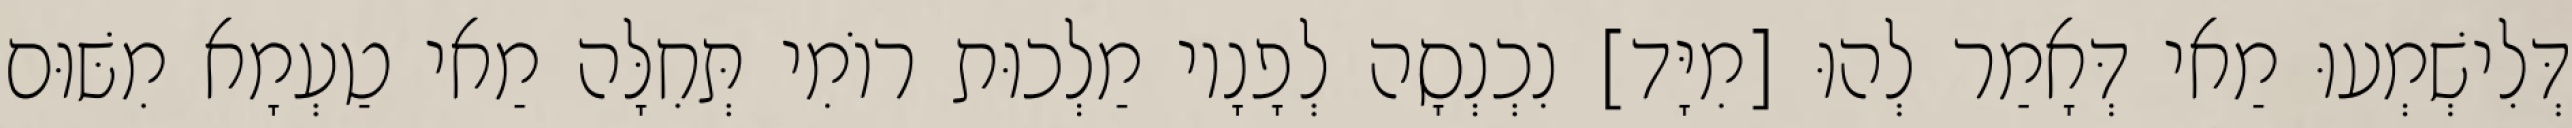
דְּלִישְׁמְעוּ מַאי דְּאָמַר לְהוּ [מִיָּד] נִכְנְסָה לְפָנָיו מַלְכוּת רוֹמִי תְּחִלָּה מַאי טַעְמָא מִשּׁוּם